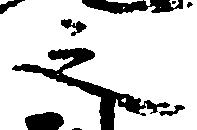
之